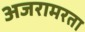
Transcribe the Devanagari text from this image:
अजरामरता